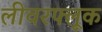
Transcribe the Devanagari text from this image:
लीवरफ्लूक